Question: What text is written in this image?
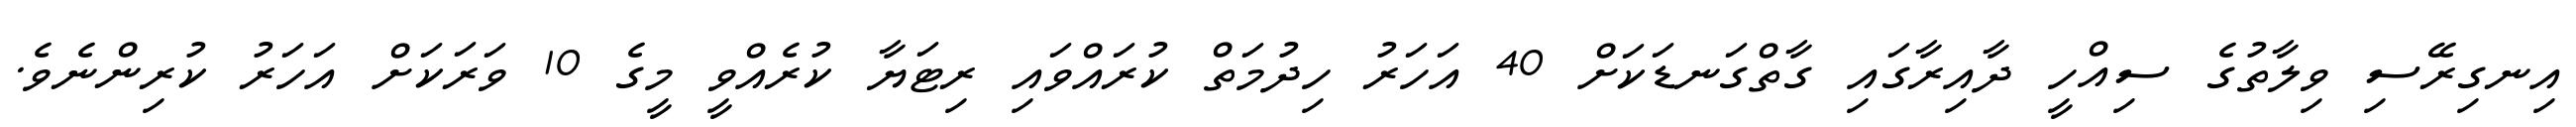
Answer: އިނގިރޭސި ވިލާތުގެ ސިއްހީ ދާއިރާގައި ގާތްގަނޑަކަށް 40 އަހަރު ހިދުމަތް ކުރައްވައި ރިޓަޔާ ކުރެއްވީ މީގެ 10 ވަރަކަށް އަހަރު ކުރިންނެވެ.